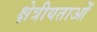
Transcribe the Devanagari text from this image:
क्षेत्रीयताओं